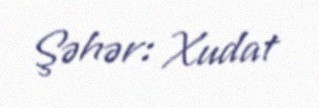
Şəhər: Xudat